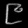
Digit: ၉